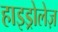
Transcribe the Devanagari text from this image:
हाइड्रोलेज़